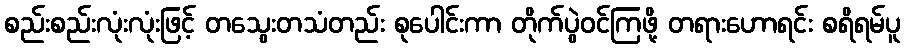
စည်းစည်းလုံးလုံးဖြင့် တသွေးတသံတည်း စုပေါင်းကာ တိုက်ပွဲဝင်ကြဖို့ တရားဟောရင်း စရိရမ်ပူ